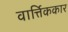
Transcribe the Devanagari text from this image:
वार्त्तिककार